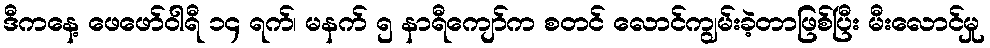
ဒီကနေ့ ဖေဖော်ဝါရီ ၁၄ ရက်၊ မနက် ၅ နာရီကျော်က စတင် လောင်ကျွမ်းခဲ့တာဖြစ်ပြီး မီးလောင်မှု